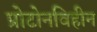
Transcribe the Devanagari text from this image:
प्रोटोनविहीन